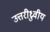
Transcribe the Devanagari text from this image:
उत्तरीध्रुवीय